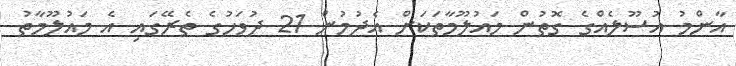
އާންމު އުސޫލެއްގެ ގޮތުން މައުލޫމާތަކަށް އެދުމުން 21 ދުވަހުގެ ތެރޭގައި އެ މައުލޫމާތު